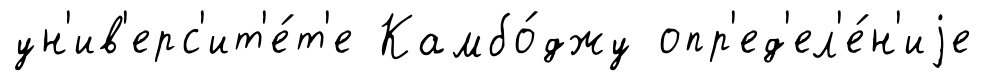
ун'ив'ерс'ит'е́т'е Камбо́джу опр'ед'ел'е́н'иjе